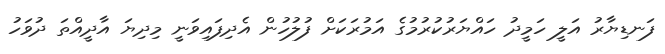
ފަނޑިޔާރު އަލީ ހަމީދު ހައްޔަރުކުރުމުގެ އަމުރަކަށް ފުލުހުން އެދިފައިވަނީ މިދިޔަ އާދީއްތަ ދުވަހު